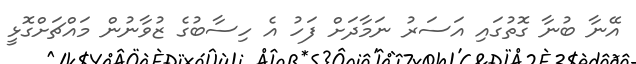
އޭނާ ބުނާ ގޮތުގައި އަސަރު ނަމާދަށް ފަހު އެ ހިސާބުގެ ޒުވާނުން މައްޗަށްގޮޅީ